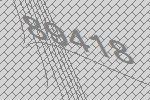
89418